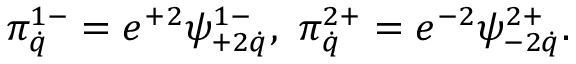
\pi _ { \dot { q } } ^ { 1 - } = e ^ { + 2 } \psi _ { + 2 \dot { q } } ^ { 1 - } , \ \pi _ { \dot { q } } ^ { 2 + } = e ^ { - 2 } \psi _ { - 2 \dot { q } } ^ { 2 + } .